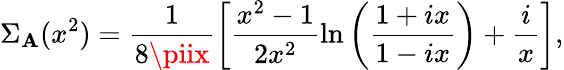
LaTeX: \Sigma_{\mathbf{A}}(x^{2})=\frac{{1}}{{8\piix}}\left[\frac{{x^{2}-1}}{{2x^{2}}}\ln\left(\frac{{1+ix}}{{1-ix}}\right)+\frac{{i}}{{x}}\right],